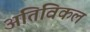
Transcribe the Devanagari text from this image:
अतिविकल